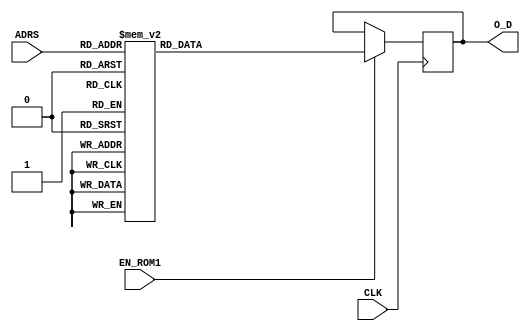
module LUT_SHIFT_2 #(parameter P = 5) ( 
input wire CLK, 
input wire EN_ROM1,
input wire [4:0] ADRS,
output reg [P-1:0] O_D
);
always @(posedge CLK)
      if (EN_ROM1)
         case (ADRS)
            5'b00000: O_D <= 5'b00000; 
            5'b00001: O_D <= 5'b00000; 
            5'b00010: O_D <= 5'b00001; 
            5'b00011: O_D <= 5'b00010; 
            5'b00100: O_D <= 5'b00011; 
            5'b00101: O_D <= 5'b00100; 
            5'b00110: O_D <= 5'b00100; 
            5'b00111: O_D <= 5'b00101; 
            5'b01000: O_D <= 5'b00110; 
            5'b01001: O_D <= 5'b00111; 
            5'b01010: O_D <= 5'b01000; 
            5'b01011: O_D <= 5'b01001; 
            5'b01100: O_D <= 5'b01010; 
            5'b01101: O_D <= 5'b01011; 
            5'b01110: O_D <= 5'b01100; 
            5'b01111: O_D <= 5'b01101; 
            5'b10000: O_D <= 5'b01101; 
            5'b10001: O_D <= 5'b01110; 
            5'b10010: O_D <= 5'b01111; 
            5'b10011: O_D <= 5'b10000; 
            5'b10100: O_D <= 5'b10001; 
            5'b10101: O_D <= 5'b10010; 
            5'b10110: O_D <= 5'b10011; 
            5'b10111: O_D <= 5'b10100; 
            5'b11000: O_D <= 5'b10101; 
            5'b11001: O_D <= 5'b10110; 
            5'b11010: O_D <= 5'b10111; 
            5'b11011: O_D <= 5'b11000; 
            5'b11100: O_D <= 5'b11001; 
            5'b11101: O_D <= 5'b11010; 
            5'b11110: O_D <= 5'b11011; 
            5'b11111: O_D <= 5'b11100; 
            default:  O_D <= 5'b00000;
        endcase
endmodule